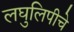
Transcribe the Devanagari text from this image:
लघुलिपीचे